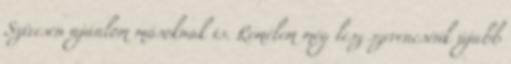
Szívesen ajánlom másoknak is. Remélem még lesz szerencsénk újabb